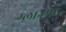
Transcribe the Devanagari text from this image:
ग्लाज्मा